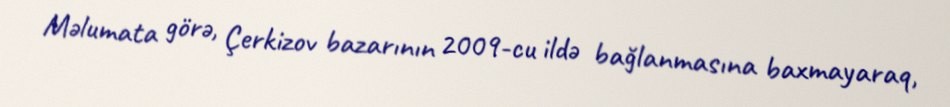
Məlumata görə, Çerkizov bazarının 2009-cu ildə bağlanmasına baxmayaraq,